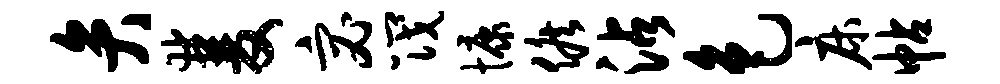
弁双宓筏慷候沾色床帖